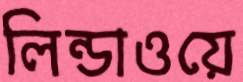
লিন্ডাওয়ে